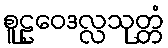
စူဠဝေဒလ္လသုတ္တံ